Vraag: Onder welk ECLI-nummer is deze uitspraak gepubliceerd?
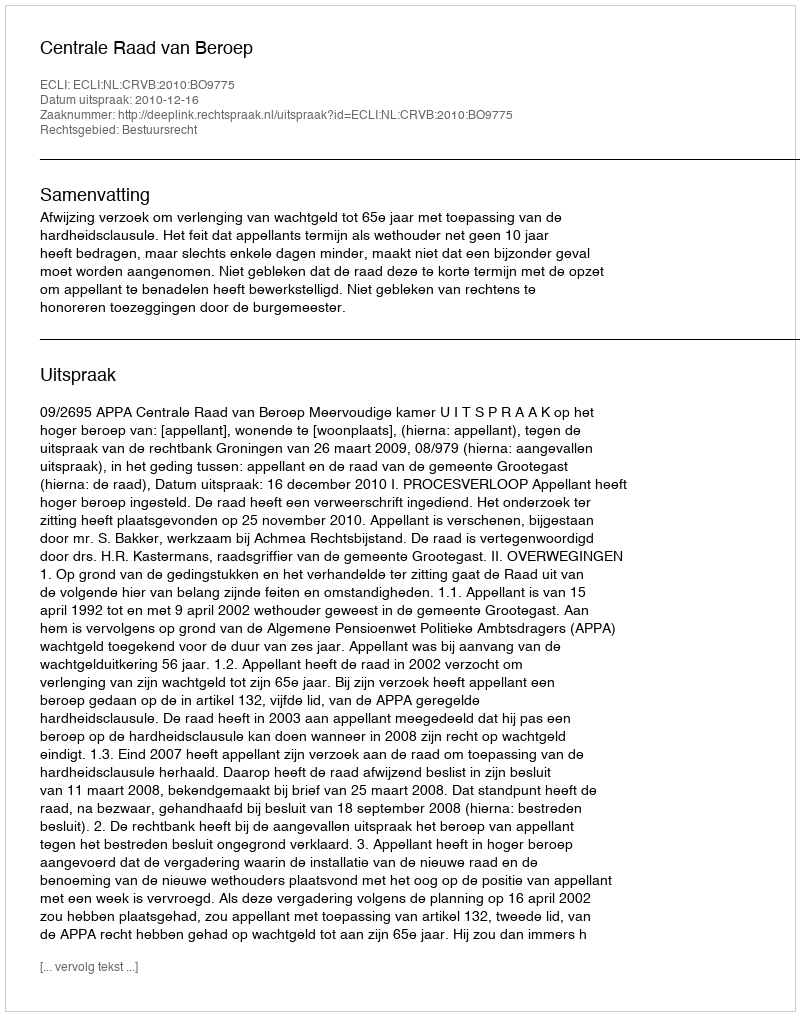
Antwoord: ECLI:NL:CRVB:2010:BO9775